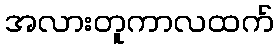
အလားတူကာလထက်